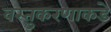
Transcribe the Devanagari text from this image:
वस्तुकरणाकडे